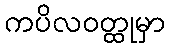
ကပိလဝတ္ထုမှာ